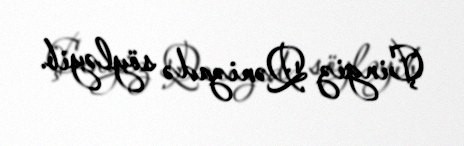
Çingiz Qənizadə söyləyib.